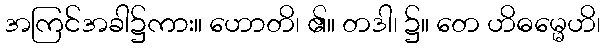
အကြင်အခါ၌ကား။ ဟောတိ၊ ၏။ တဒါ၊ ၌။ တေ ဟိဓမ္မေဟိ၊